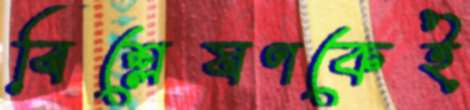
বিশ্লেষণকেই